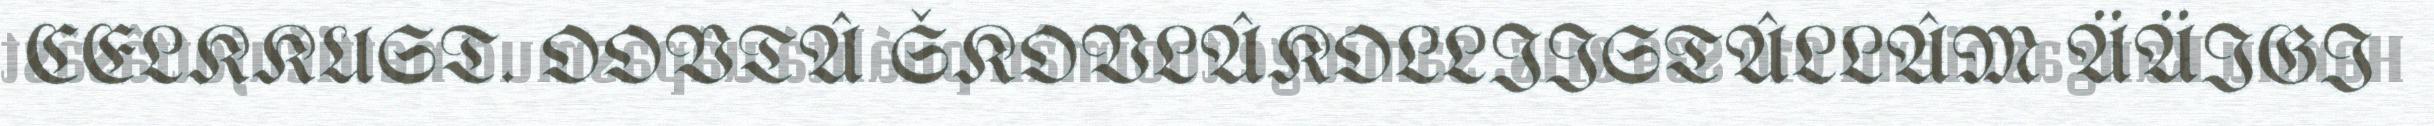
CELKKUST. OOVTÂ ŠKOVLÂKOLLIISTÂLLÂM ÄÄIGI